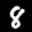
Label: 8